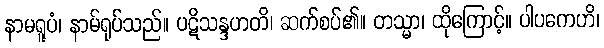
နာမရူပံ၊ နာမ်ရုပ်သည်။ ပဋိသန္ဒဟတိ၊ ဆက်စပ်၏။ တသ္မာ၊ ထိုကြောင့်။ ပါပကေဟိ၊